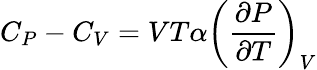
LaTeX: C_{P}-C_{V}=VT\alpha\left({\frac{\partial P}{\partial T}}\right)_{V}